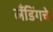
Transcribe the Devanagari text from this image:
लँडिंगचे